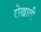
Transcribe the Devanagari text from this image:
रोखावी